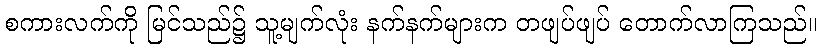
စကားလက်ကို မြင်သည်၌ သူ့မျက်လုံး နက်နက်များက တဖျပ်ဖျပ် တောက်လာကြသည်။